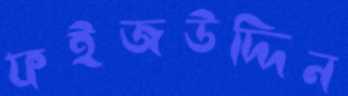
ফইজউদ্দিন